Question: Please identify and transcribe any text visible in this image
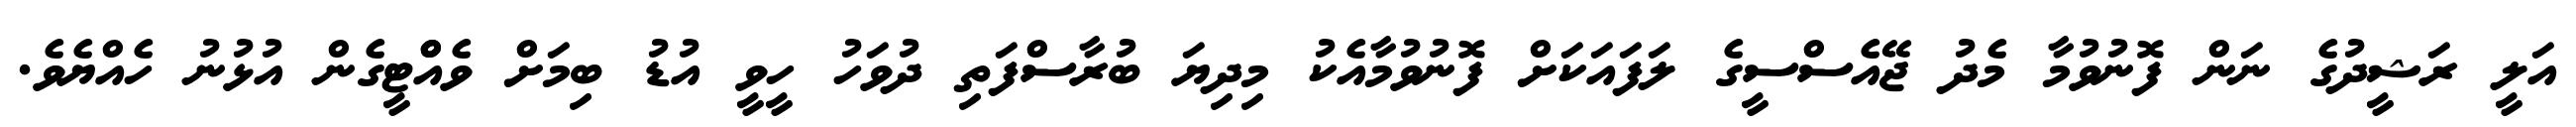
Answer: އަލީ ރަޝީދުގެ ނަން ފޮނުވުމާ މެދު ޖޭއެސްސީގެ ލަފައަކަށް ފޮނުވުމާއެކު މިދިޔަ ބުރާސްފަތި ދުވަހު ހީވީ އުޑު ބިމަށް ވެއްްޓީގެން އުޅުނު ހެއްޔެވެ.